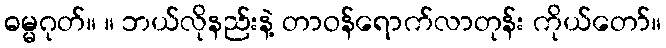
ဓမ္မဂုတ်။ ။ ဘယ်လိုနည်းနဲ့ တာဝန်ရောက်လာတုန်း ကိုယ်တော်။